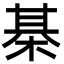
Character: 棊